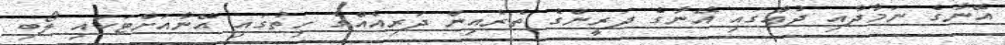
އޭނާގެ ނަމާދާއި ދުޢާގައި އޭނާގެ ދަރީންގެ ތެރެއިން ދަރިއެއްގެ ހިތުގައި އޭނާއަށްޓަކައި ލޯބި